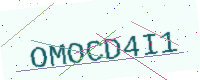
Text: OMOCD4I1